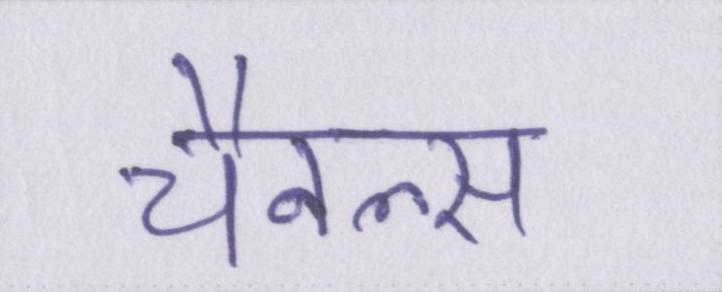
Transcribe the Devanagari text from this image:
चैनल्स